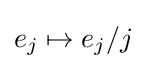
e_{j}\mapsto e_{j}/j